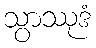
သွာဿုဒံ